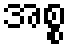
အစ္စ